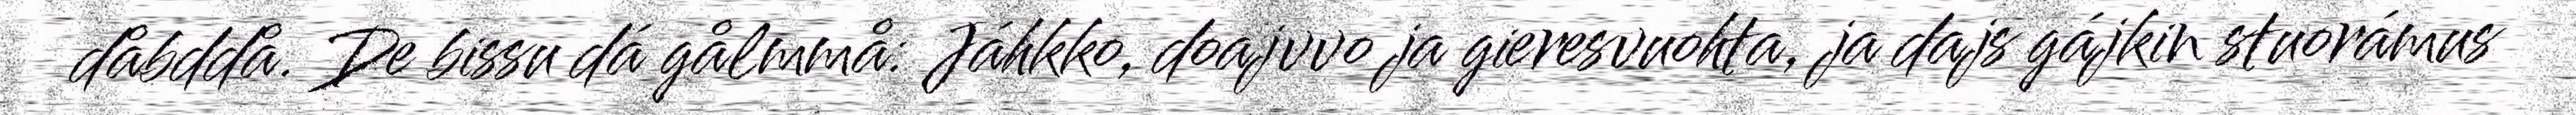
dåbddå. De bissu dá gålmmå: Jáhkko, doajvvo ja gieresvuohta, ja dajs gájkin stuorámus